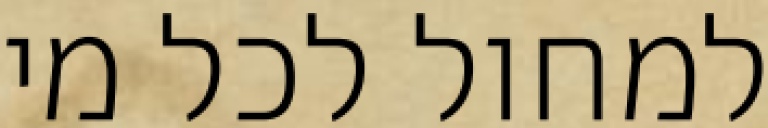
למחול לכל מי